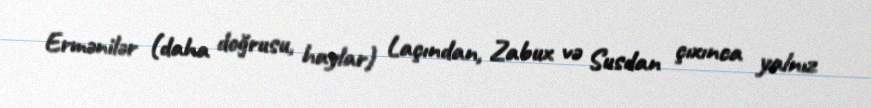
Ermənilər (daha doğrusu, haylar) Laçından, Zabux və Susdan çıxınca yalnız